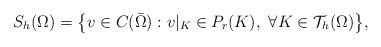
LaTeX: \begin{align*}S_h(\Omega) = \big\{ v \in C(\bar{\Omega}): v|_K \in P_r(K),\ \forall K\in \mathcal{T}_h(\Omega) \big\},\end{align*}